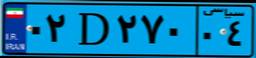
۰۲D۲۷۰۰۴